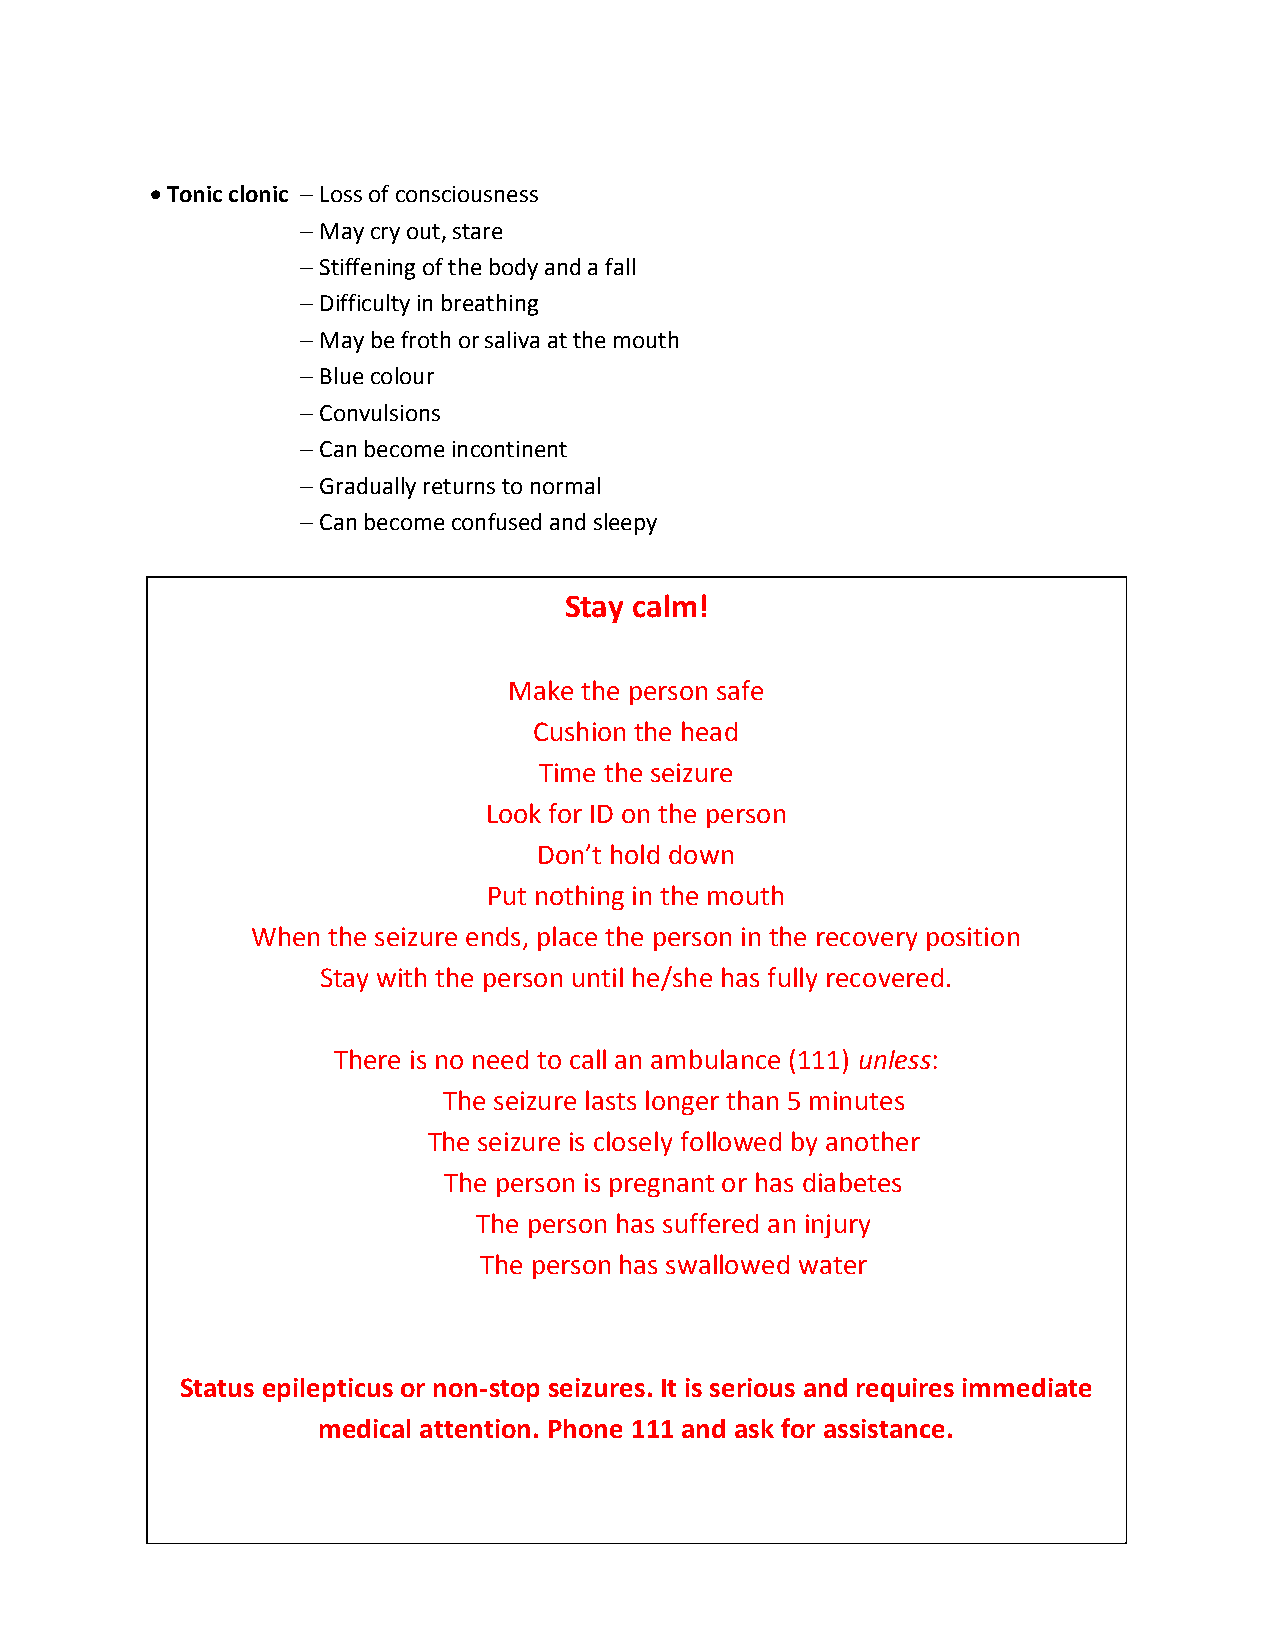
 Tonic clonic  Loss of consciousness
  May cry out, stare
  Stiffening of the body and a fall
  Difficulty in breathing
  May be froth or saliva at the mouth
  Blue colour
  Convulsions
  Can become incontinent
  Gradually returns to normal
  Can become confused and sleepy
 Stay calm!
 Stay calm!
 Make the person safe
 Cushion the head
 Make the person safe
 Time the seizure
 Cushion the head
 Look for ID on the person
 Time the seizure
 Don’t hold down
 Look for ID on the person
 Put nothing in the mouth.
 Don’t hold down
 When the seizure ends place the person in the recovery position
 Put nothing in the mouth
 Stay with the person until they have fully recovered.
 When the seizure ends, place the person in the recovery position
 Stay with the person until he/she has fully recovered.
 There is no need to call an ambulance (111) unless
 There is no need to call an ambulance (111) unless:
 The seizure lasts longer than 5 minutes
 The seizure lasts longer than 5 minutes
 The seizure is closely followed by another
 The seizure is closely followed by another
 The person is pregnant or has diabetes
 The person is pregnant or has diabetes
 The person has suffered an injury
 The person has suffered an injury
 The person has swallowed water
 The person has swallowed water
 Status epilepticus is non-stop seizuring, It is serious and requires immediate
 Status epilepticus or non-stop seizures. It is serious and requires immediate
 medical attention.
 medical attention. Phone 111 and ask for assistance.
 Phone 111 and ask for assistance.